system: You are a helpful assistant.
user:
Analyze the provided spectrum to determine if it is a **"Cataclysmic Variables (CV)"**.

- **Key Indicators for CV (Check for either state):**
    - **State 1: Quiescent / Low-State (Emission-Dominated)**
        - **(Primary):** Strong and *very broad* Hydrogen Balmer emission lines (e.g., $H\alpha$ at 6563 Å, $H\beta$ at 4861 Å). The 'broadness' (high velocity dispersion, often FWHM > 1000 km/s) is the key diagnostic, indicating a high-velocity accretion disk.
        - **(Secondary):** Broad neutral Helium (He I) emission lines (e.g., 5876 Å, 6678 Å).
        - **(Key Confirmation):** Presence of high-excitation *ionized* Helium (He II) emission at 4686 Å. This is a strong indicator of accretion onto a white dwarf.
        - **(Line Profile):** Emission lines may exhibit a 'double-peaked' profile, which is a classic signature of a rotating accretion disk viewed at high inclination.

    - **State 2: Outburst / High-State (Absorption-Dominated)**
        - **(Primary):** Spectrum is dominated by a bright, blue continuum (looks like a hot star).
        - **(Secondary):** The emission lines from State 1 are weak, absent, or 'filled in', and are replaced by broad, shallow *absorption* lines (primarily Balmer and He I).
        - **(Morphology):** The overall spectrum mimics a hot B/A-type star. The crucial difference is that the absorption lines are significantly broader, shallower, and more 'washed-out' (or 'smeared') than the sharp lines of a normal stellar photosphere, due to high rotational speeds and pressure broadening in the disk.

Think first, call **spectral_visualization_tool** if needed to examine features in detail, then provide your final answer. Your response must adhere to the following strict rules:
1.  **Overall Structure:** Your response must follow the format `<think>...</think> <tool_call>...</tool_call> (if a tool is used) <answer>...</answer>`.
2.  **Tool Usage Constraint:** You may only make **one** tool call per turn.
3.  **Final Answer Format:** In the `<answer>` tag, your conclusion must be inside a `\boxed{}` command (e.g., `\boxed{YES}`), followed by your justification.

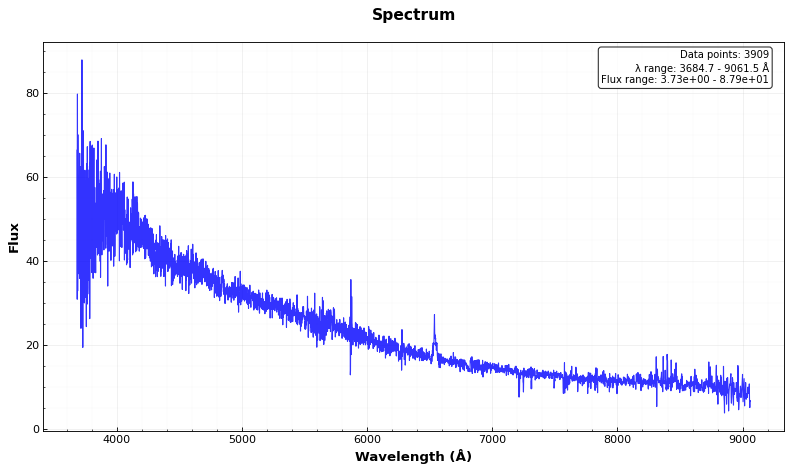
Answer: YES